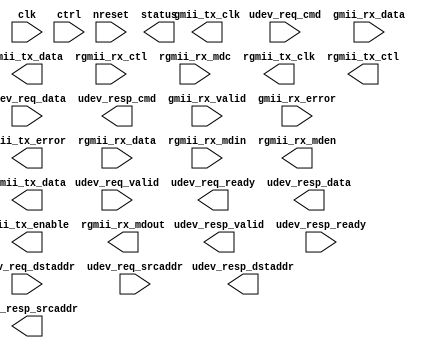
/*****************************************************************************
 * Function: Ethernet Interface
 * Copyright: Lambda Project Authors. All rights Reserved.
 * License:  MIT (see LICENSE file in Lambda repository)
 *
 * Docs:
 *
 ****************************************************************************/

module la_eth #(
    parameter TARGET = "DEFAULT",  // technology target
    parameter RW     = 32,         // register width
    parameter DW     = 128,        // umi packet width
    parameter AW     = 64,         // address width
    parameter CW     = 32          // command width
) (  // basic control signals
    input           clk,                // core clock
    input           nreset,             // active low async reset
    input  [RW-1:0] ctrl,               // free form ctrl inputs
    output [RW-1:0] status,             // free form status outputs
    // UMI access
    input           udev_req_valid,
    input  [CW-1:0] udev_req_cmd,
    input  [AW-1:0] udev_req_dstaddr,
    input  [AW-1:0] udev_req_srcaddr,
    input  [DW-1:0] udev_req_data,
    output          udev_req_ready,
    output          udev_resp_valid,
    output [CW-1:0] udev_resp_cmd,
    output [AW-1:0] udev_resp_dstaddr,
    output [AW-1:0] udev_resp_srcaddr,
    output [DW-1:0] udev_resp_data,
    input           udev_resp_ready,
    // gmii interface
    input  [   7:0] gmii_rx_data,
    input           gmii_rx_valid,
    input           gmii_rx_error,
    output          gmii_tx_clk,
    output [   7:0] gmii_tx_data,
    output          gmii_tx_enable,
    output          gmii_tx_error,
    // rgmii interface
    input  [   3:0] rgmii_rx_data,
    input           rgmii_rx_ctl,
    input           rgmii_rx_mdc,
    input           rgmii_rx_mdin,
    output          rgmii_rx_mdout,
    output          rgmii_rx_mden,
    output          rgmii_tx_clk,
    output [   3:0] rgmii_tx_data,
    output          rgmii_tx_ctl
);

endmodule  // la_eth